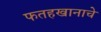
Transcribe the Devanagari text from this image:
फतहखानाचे